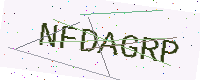
Text: NFDAGRP